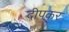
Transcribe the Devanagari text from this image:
दीपकर